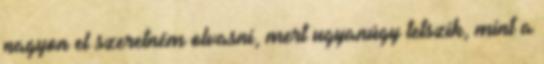
nagyon el szeretném olvasni, mert ugyanúgy tetszik, mint a